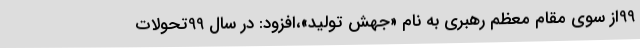
99از سوی مقام معظم رهبری به نام «جهش تولید»،افزود: در سال 99تحولات